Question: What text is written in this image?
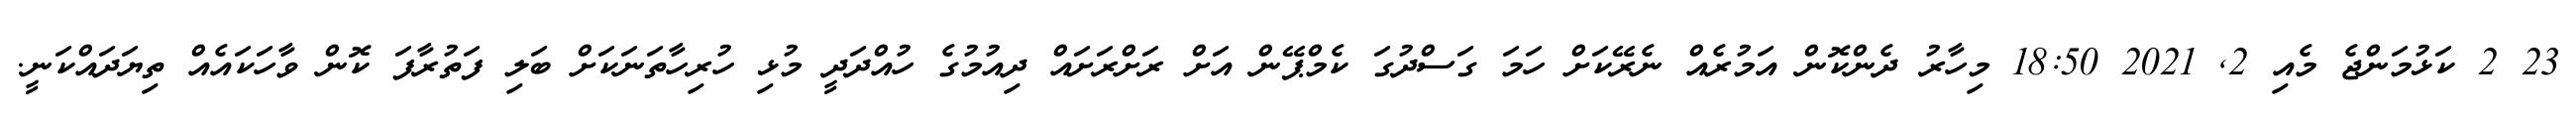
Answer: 23 2 ކަޅުމަންޖެ މެއި 2, 2021 18:50 މިހާރު ދެންކޮން އަމުރެއް ނެރޭކަށް ހަމަ ގަސްދުގަ ކެމްޕޭން އަށް ރަށްރަށައް ދިއުމުގެ ހުއްދަދީ މުޅި ހުރިހާތަނަކަށް ބަލި ފަތުރާފަ ކޮން ވާހަކައެއް ތިޔަދައްކަނީ.